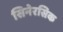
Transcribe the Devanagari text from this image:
सिनेरसिक